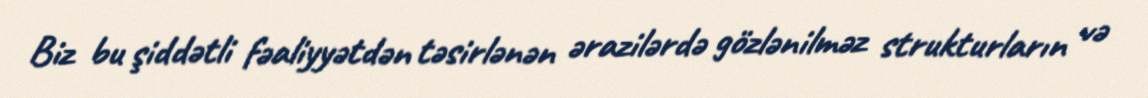
Biz bu şiddətli fəaliyyətdən təsirlənən ərazilərdə gözlənilməz strukturların və